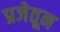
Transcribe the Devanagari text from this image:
प्रजेतून